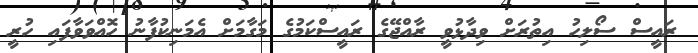
ރައީސް ސޯލިހު އިތުރަށް ވިދާޅުވީ ރާއްޖޭގެ ރައީސްކަމުގެ މަގާމަށް އެމަނިކުފާނު ހޮއްވަވާފައި ހުރީ